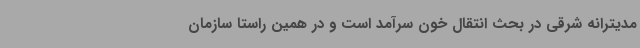
مدیترانه شرقی در بحث انتقال خون سرآمد است و در همین راستا سازمان